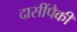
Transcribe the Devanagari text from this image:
दासींपैकी